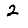
Digit: 2